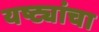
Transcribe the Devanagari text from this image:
यष्ट्यांचा